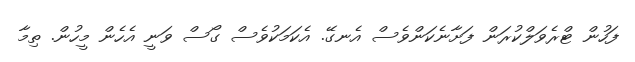
ފަހުން ޓްރެވަލްކުރަން ފަށާނެެކަންވެސް އެނގޭ. އެކަމަކުވެސް ގޯސް ވަނީ އެހެން މީހުން. ތިމާ